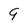
Character: 9